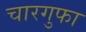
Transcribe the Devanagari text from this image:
चारगुफा